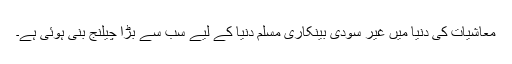
معاشیات کی دنیا میں غیر سودی بینکاری مسلم دنیا کے لیے سب سے بڑا چیلنج بنی ہوئی ہے۔